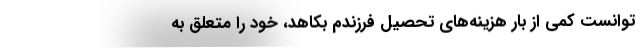
‌توانست کمی از بار هزینه‌های تحصیل فرزندم بکاهد، خود را متعلق به